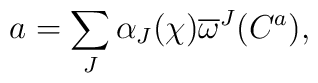
a=\sum_J \alpha_J(\chi)\overline{\omega}^J(C^a),